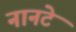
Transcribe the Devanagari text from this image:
नानटे